Report on vaccination in the Province of Bengal - 1874-1889
Year: 1874
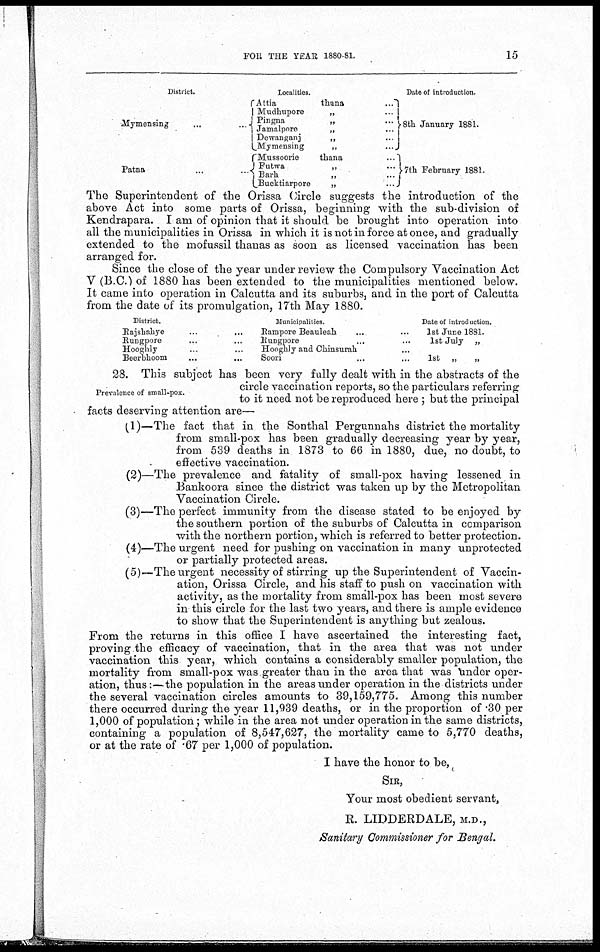
FOR THE YEAR 1880-81.
15
District.
Mymensing ... ...
Patna ... ...
Localities.
Attia
thana
...
Mudhupore„ ...
Pingna
„ ...
Jamalpore
„ ...
Dewanganj
„ ...
Mymensing
„ ...
Mussoorie
thana
...
Futwa
„ ...
Barh
„ ...
Bucktiarpore
„
...
Date of introduction.
8th January 1881.
7th February 1881.
The Superintendent of the Orissa Circle suggests the introduction of the
above Act into some parts of Orissa, beginning with the sub-division of
Kendrapara. I am of opinion that it should be brought into operation into
all the municipalities in Orissa in which it is not in force at once, and gradually
extended to the mofussil thanas as soon as licensed vaccination has been
arranged for.
Since the close of the year under review the Compulsory Vaccination Act
V (B.C.) of 1880 has been extended to the municipalities mentioned below.
It came into operation in Calcutta and its suburbs, and in the port of Calcutta
from the date of its promulgation, 17th May 1880.
District.
Rajshahye... ...
Rungpore... ...
Hooghly... ...
Beerbhoom... ...
Municipalities.
Rampore Beauleah... ...
Rungpore... ...
Hooghly and Chinsurah... ...
Soori... ...
Date of introduction.
1st June 1881.
1st July „
1st „
„
Prevalence of small-pox.
28. This subject has been very fully dealt with in the abstracts of the
circle vaccination reports, so the particulars referring
to it need not be reproduced here ; but the principal
facts deserving attention are—
(1)—The fact that in the Sonthal Pergunnahs district the mortality
from small-pox has been gradually decreasing year by year,
from 539 deaths in 1873 to 66 in 1880, due, no doubt, to
effective vaccination.
(2)—The prevalence and fatality of small-pox having lessened in
Bankoora since the district was taken up by the Metropolitan
Vaccination Circle.
(3)—The perfect immunity from the disease stated to be enjoyed by
the southern portion of the suburbs of Calcutta in comparison
with the northern portion, which is referred to better protection.
(4)—The urgent need for pushing on vaccination in many unprotected
or partially protected areas.
(5)—The urgent necessity of stirring up the Superintendent of Vaccin-
ation, Orissa Circle, and his staff to push on vaccination with
activity, as the mortality from small-pox has been most severe
in this circle for the last two years, and there is ample evidence
to show that the Superintendent is anything but zealous.
From the returns in this office I have ascertained the interesting fact,
proving the efficacy of vaccination, that in the area that was not under
vaccination this year, which contains a considerably smaller population, the
mortality from small-pox was greater than in the area that was under oper-
ation, thus:—the population in the areas under operation in the districts under
the several vaccination circles amounts to 39,159,775. Among this number
there occurred during the year 11,939 deaths, or in the proportion of .30 per
1,000 of population; while in the area not under operation in the same districts,
containing a population of 8,547,627, the mortality came to 5,770 deaths,
or at the rate of .67 per 1,000 of population.
I have the honor to be,
SIR,
Your most obedient servant,
R. LIDDERDALE, M.D.,
Sanitary Commissioner for Bengal.